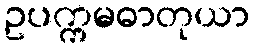
ဥပက္ကမဓာတုယာ